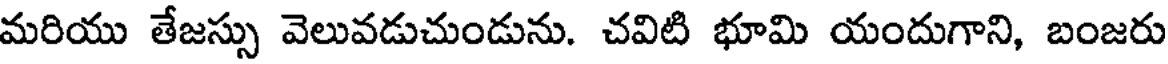
మరియు తేజస్సు వెలువడుచుండును. చవిటి భూమి యందుగాని, బంజరు